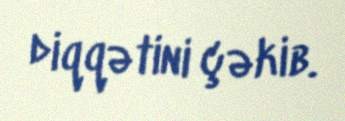
diqqətini çəkib.